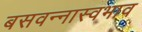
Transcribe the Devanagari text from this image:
बसवन्नास्वभाव